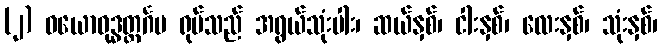
(၂) ဝယောဝုဒ္ဓတ္ထင်္ဂမ ရုပ်သည် အရွယ်သုံးပါး၊ ဆယ်နှစ်၊ ငါးနှစ်၊ လေးနှစ်၊ သုံးနှစ်၊